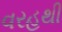
વરહથી